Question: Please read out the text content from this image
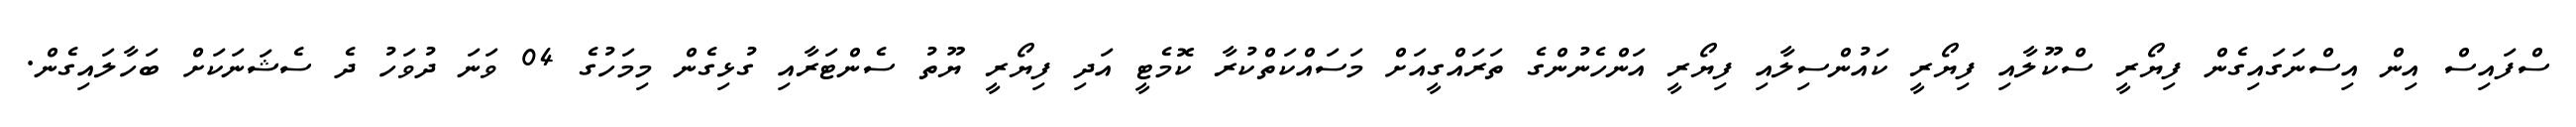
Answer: ސްފައިސް އިން އިސްނަގައިގެން ފިޔޯރީ ސްކޫލާއި ފިޔޯރީ ކައުންސިލާއި ފިޔޯރީ އަންހެނުންގެ ތަރައްގީއަށް މަސައްކަތްކުރާ ކޮމެޓީ އަދި ފިޔޯރީ ޔޫތު ސެންޓަރާއި ގުޅިގެން މިމަހުގެ 04 ވަނަ ދުވަހު ދެ ސެޝަނަކަށް ބަހާލައިގެން.